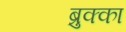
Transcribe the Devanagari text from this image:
ब्रुक्का